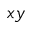
x y